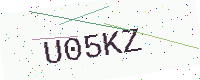
Text: U05KZ